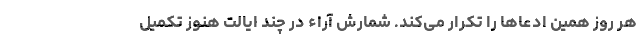
هر روز همین ادعاها را تکرار می‌کند. شمارش آراء در چند ایالت هنوز تکمیل